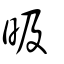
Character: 昅